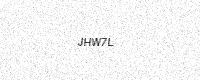
Text: JHW7L